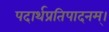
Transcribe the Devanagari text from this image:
पदार्थप्रतिपादनम्।